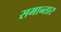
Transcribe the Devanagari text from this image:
समान्तार